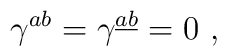
\gamma^{ab}  = \gamma^{\underline a \underline b} = 0\ ,